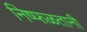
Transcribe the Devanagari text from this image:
निष्फळतानी